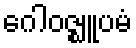
ဂေါဝဇ္ဈူပမံ